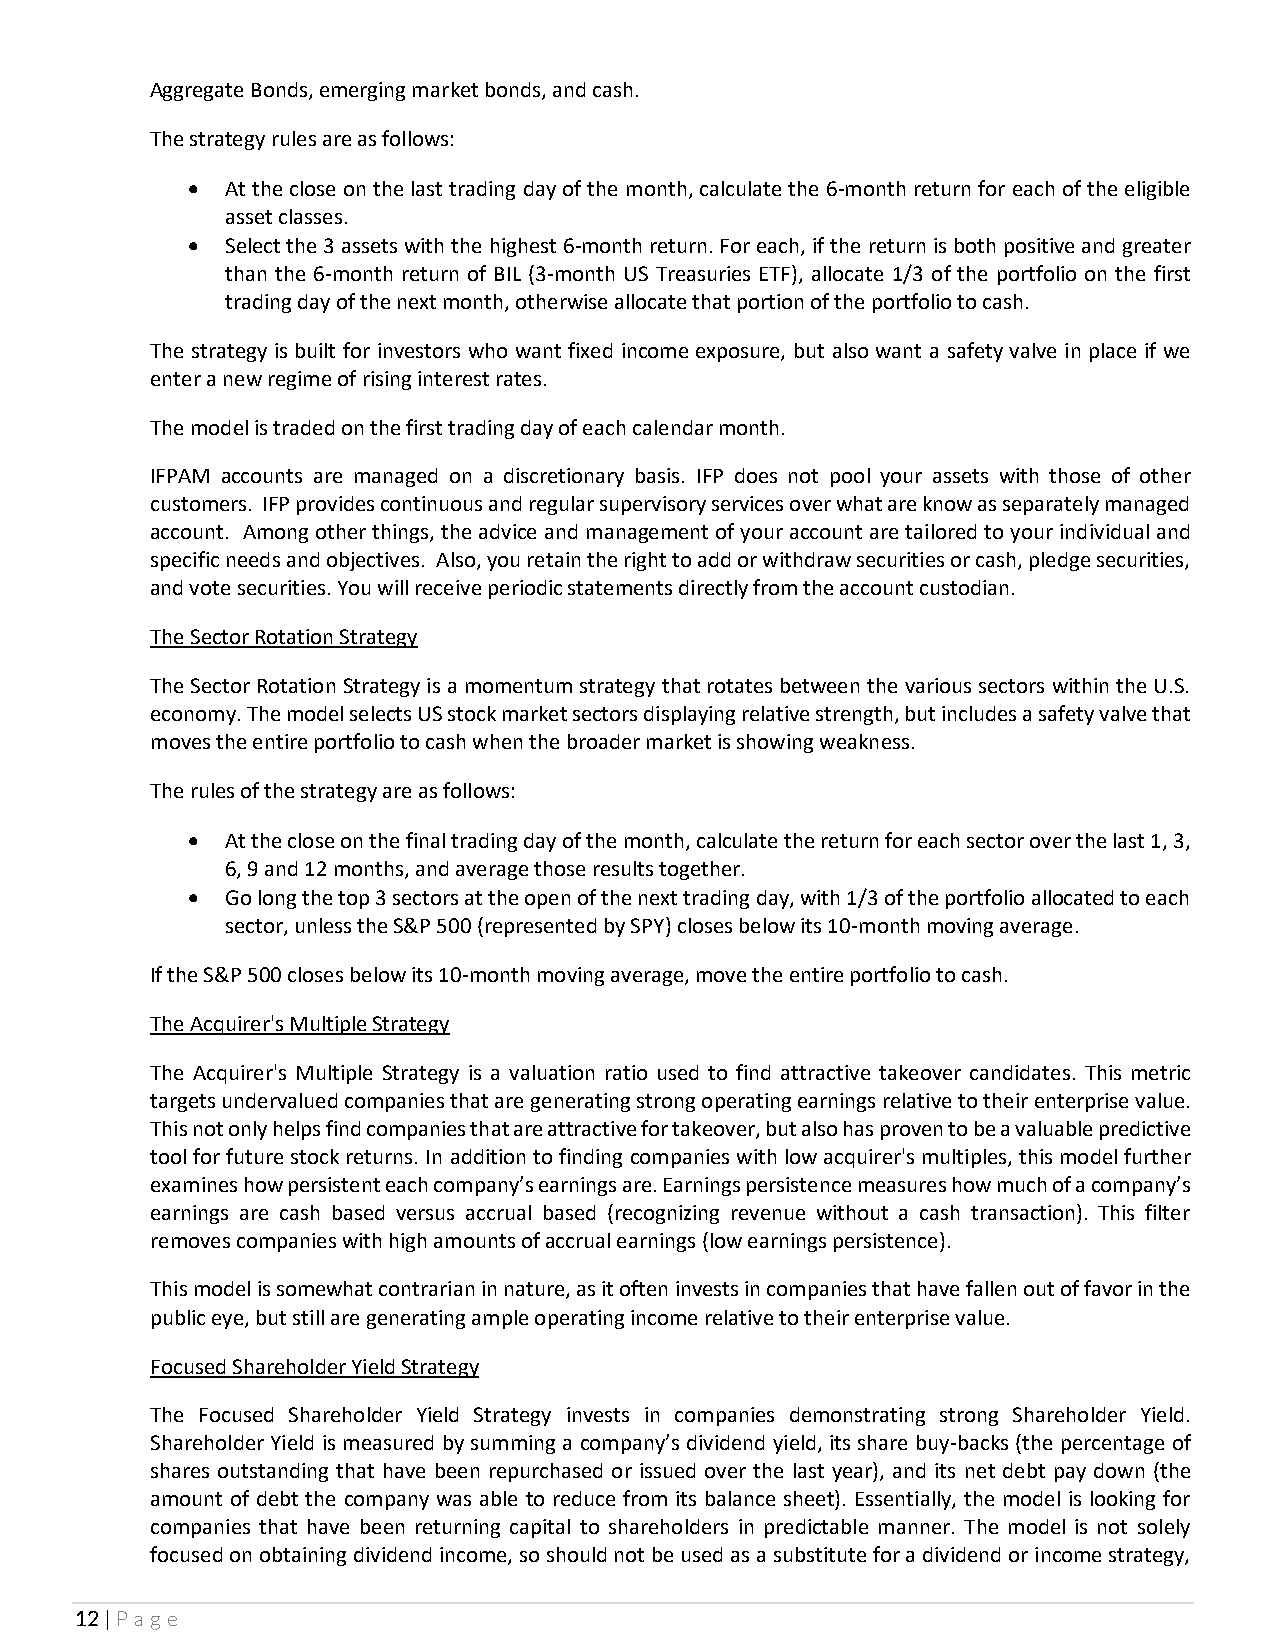
Aggregate Bonds, emerging market bonds, and cash.
 The strategy rules are as follows:
 •  At the close on the last trading day of the month, calculate the 6-month return for each of the eligible
 asset classes.
 •  Select the 3 assets with the highest 6-month return. For each, if the return is both positive and greater
 than the 6-month return of BIL (3-month US Treasuries ETF), allocate 1/3 of the portfolio on the first
 trading day of the next month, otherwise allocate that portion of the portfolio to cash.
 The strategy is built for investors who want fixed income exposure, but also want a safety valve in place if we
 enter a new regime of rising interest rates.
 The model is traded on the first trading day of each calendar month.
 IFPAM accounts are managed on a discretionary basis. IFP does not pool your assets with those of other
 customers. IFP provides continuous and regular supervisory services over what are know as separately managed
 account. Among other things, the advice and management of your account are tailored to your individual and
 specific needs and objectives. Also, you retain the right to add or withdraw securities or cash, pledge securities,
 and vote securities. You will receive periodic statements directly from the account custodian.
 The Sector Rotation Strategy
 The Sector Rotation Strategy is a momentum strategy that rotates between the various sectors within the U.S.
 economy. The model selects US stock market sectors displaying relative strength, but includes a safety valve that
 moves the entire portfolio to cash when the broader market is showing weakness.
 The rules of the strategy are as follows:
 •  At the close on the final trading day of the month, calculate the return for each sector over the last 1, 3,
 6, 9 and 12 months, and average those results together.
 •  Go long the top 3 sectors at the open of the next trading day, with 1/3 of the portfolio allocated to each
 sector, unless the S&P 500 (represented by SPY) closes below its 10-month moving average.
 If the S&P 500 closes below its 10-month moving average, move the entire portfolio to cash.
 The Acquirer's Multiple Strategy
 The Acquirer's Multiple Strategy is a valuation ratio used to find attractive takeover candidates. This metric
 targets undervalued companies that are generating strong operating earnings relative to their enterprise value.
 This not only helps find companies that are attractive for takeover, but also has proven to be a valuable predictive
 tool for future stock returns. In addition to finding companies with low acquirer's multiples, this model further
 examines how persistent each company’s earnings are. Earnings persistence measures how much of a company’s
 earnings are cash based versus accrual based (recognizing revenue without a cash transaction). This filter
 removes companies with high amounts of accrual earnings (low earnings persistence).
 This model is somewhat contrarian in nature, as it often invests in companies that have fallen out of favor in the
 public eye, but still are generating ample operating income relative to their enterprise value.
 Focused Shareholder Yield Strategy
 The Focused Shareholder Yield Strategy invests in companies demonstrating strong Shareholder Yield.
 Shareholder Yield is measured by summing a company’s dividend yield, its share buy-backs (the percentage of
 shares outstanding that have been repurchased or issued over the last year), and its net debt pay down (the
 amount of debt the company was able to reduce from its balance sheet). Essentially, the model is looking for
 companies that have been returning capital to shareholders in predictable manner. The model is not solely
 focused on obtaining dividend income, so should not be used as a substitute for a dividend or income strategy,
 12 | Page